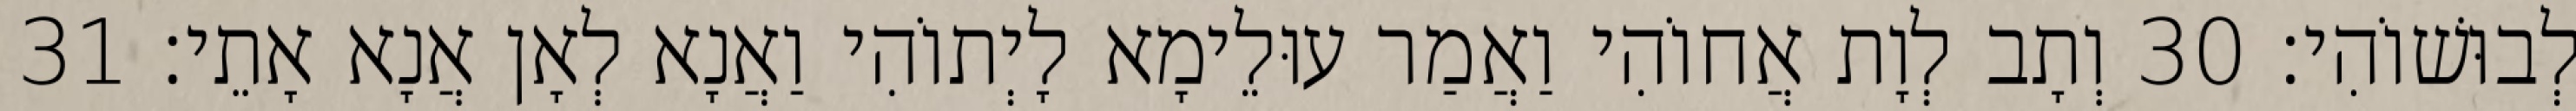
לְבוּשׁוֹהִי׃ 30 וְתָב לְוָת אֲחוֹהִי וַאֲמַר עוּלֵימָא לָיְתוֹהִי וַאֲנָא לְאָן אֲנָא אָתֵי׃ 31